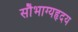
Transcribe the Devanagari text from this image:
सौभाग्यहृदय